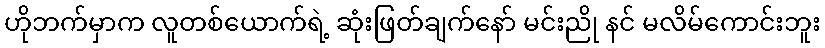
ဟိုဘက်မှာက လူတစ်ယောက်ရဲ့ ဆုံးဖြတ်ချက်နော် မင်းညို နင် မလိမ်ကောင်းဘူး